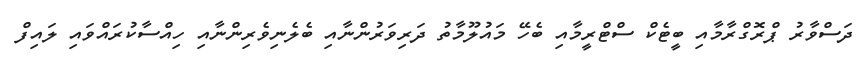
ދަސްވާރު ޕްރޮގްރާމާއި ބީޓެކް ސްޓްރީމާއި ބެހޭ މައުލޫމާތު ދަރިވަރުންނާއި ބެލެނިވެރިންނާއި ހިއްސާކުރައްވައި ލައިފް